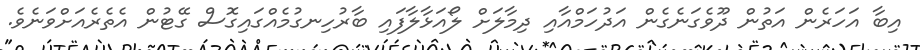
އިބާާ އަހަރެން އަތުން ދޫވެގަނެގެން އަދުހަމްއާާއި ދިމާލަށް ލޯއަޅާލާފައި ބާރުހިނގުމެއްގައިގޮސް ގޭޓުން އެތެރެއަށްވަނެވެ.